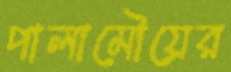
পালামৌয়ের